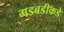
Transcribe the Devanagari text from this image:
गडबडीकडे